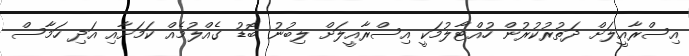
އިސްރާއީލަށް ދަތުރުކުރުން ހުއްޓާލުމަކީ އިސްރާއީލަށް ލިބުނު ބޮޑު ގެއްލުމެއް ކަމަށާއި އަދި ހަމާސް